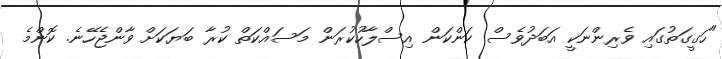
"ހަގީގަތުގައި ވެރިންނަކީ އަބަދުވެސް ކަންކަން އިސްލާހުކުރަން މަސައްކަތް ކުރާ ބަޔަަކަށް ވާންޖެހޭނެ. ކޮންމެ